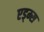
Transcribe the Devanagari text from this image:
एड्म्स